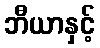
ဘီယာနှင့်